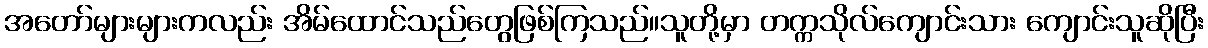
အတော်များများကလည်း အိမ်ထောင်သည်တွေဖြစ်ကြသည်။သူတို့မှာ တက္ကသိုလ်ကျောင်းသား ကျောင်းသူဆိုပြီး